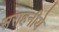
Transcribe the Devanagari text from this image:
सराहनीये